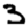
Digit: 3